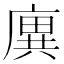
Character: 廙